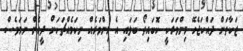
ޒަކާތަށް ދައްކަޖެހޭ މިންވަރަކީ ކޮބައިތޯ ބަލައި އެ މިންވަރެއް ނިކަމެެއްޗަކަށް ދީގެން ނަމަވެސް